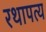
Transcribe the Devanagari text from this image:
रथापत्य